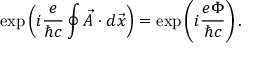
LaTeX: \exp \left( i \frac { e } { \hbar c } \oint \vec { A } \cdot d \vec { x } \right) = \exp \left( i \frac { e \Phi } { \hbar c } \right) .